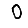
Digit: 0